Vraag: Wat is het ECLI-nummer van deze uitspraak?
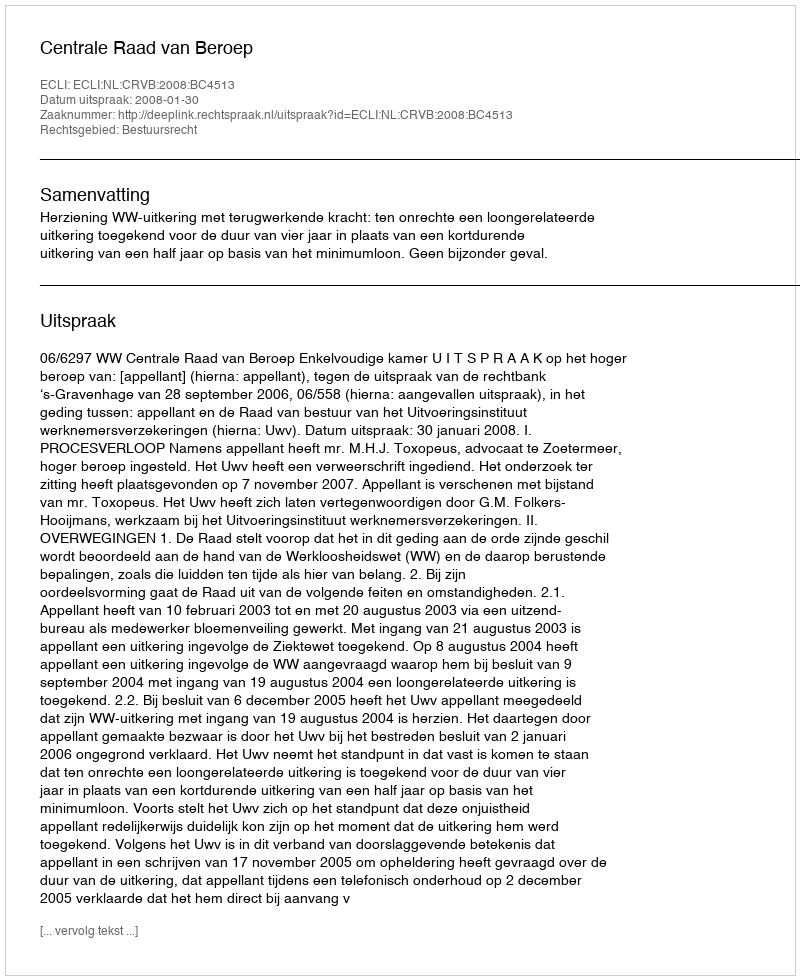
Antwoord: ECLI:NL:CRVB:2008:BC4513